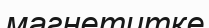
магнетитке